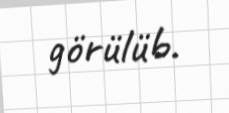
görülüb.